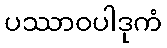
ပဿာဝပါဒုကံ